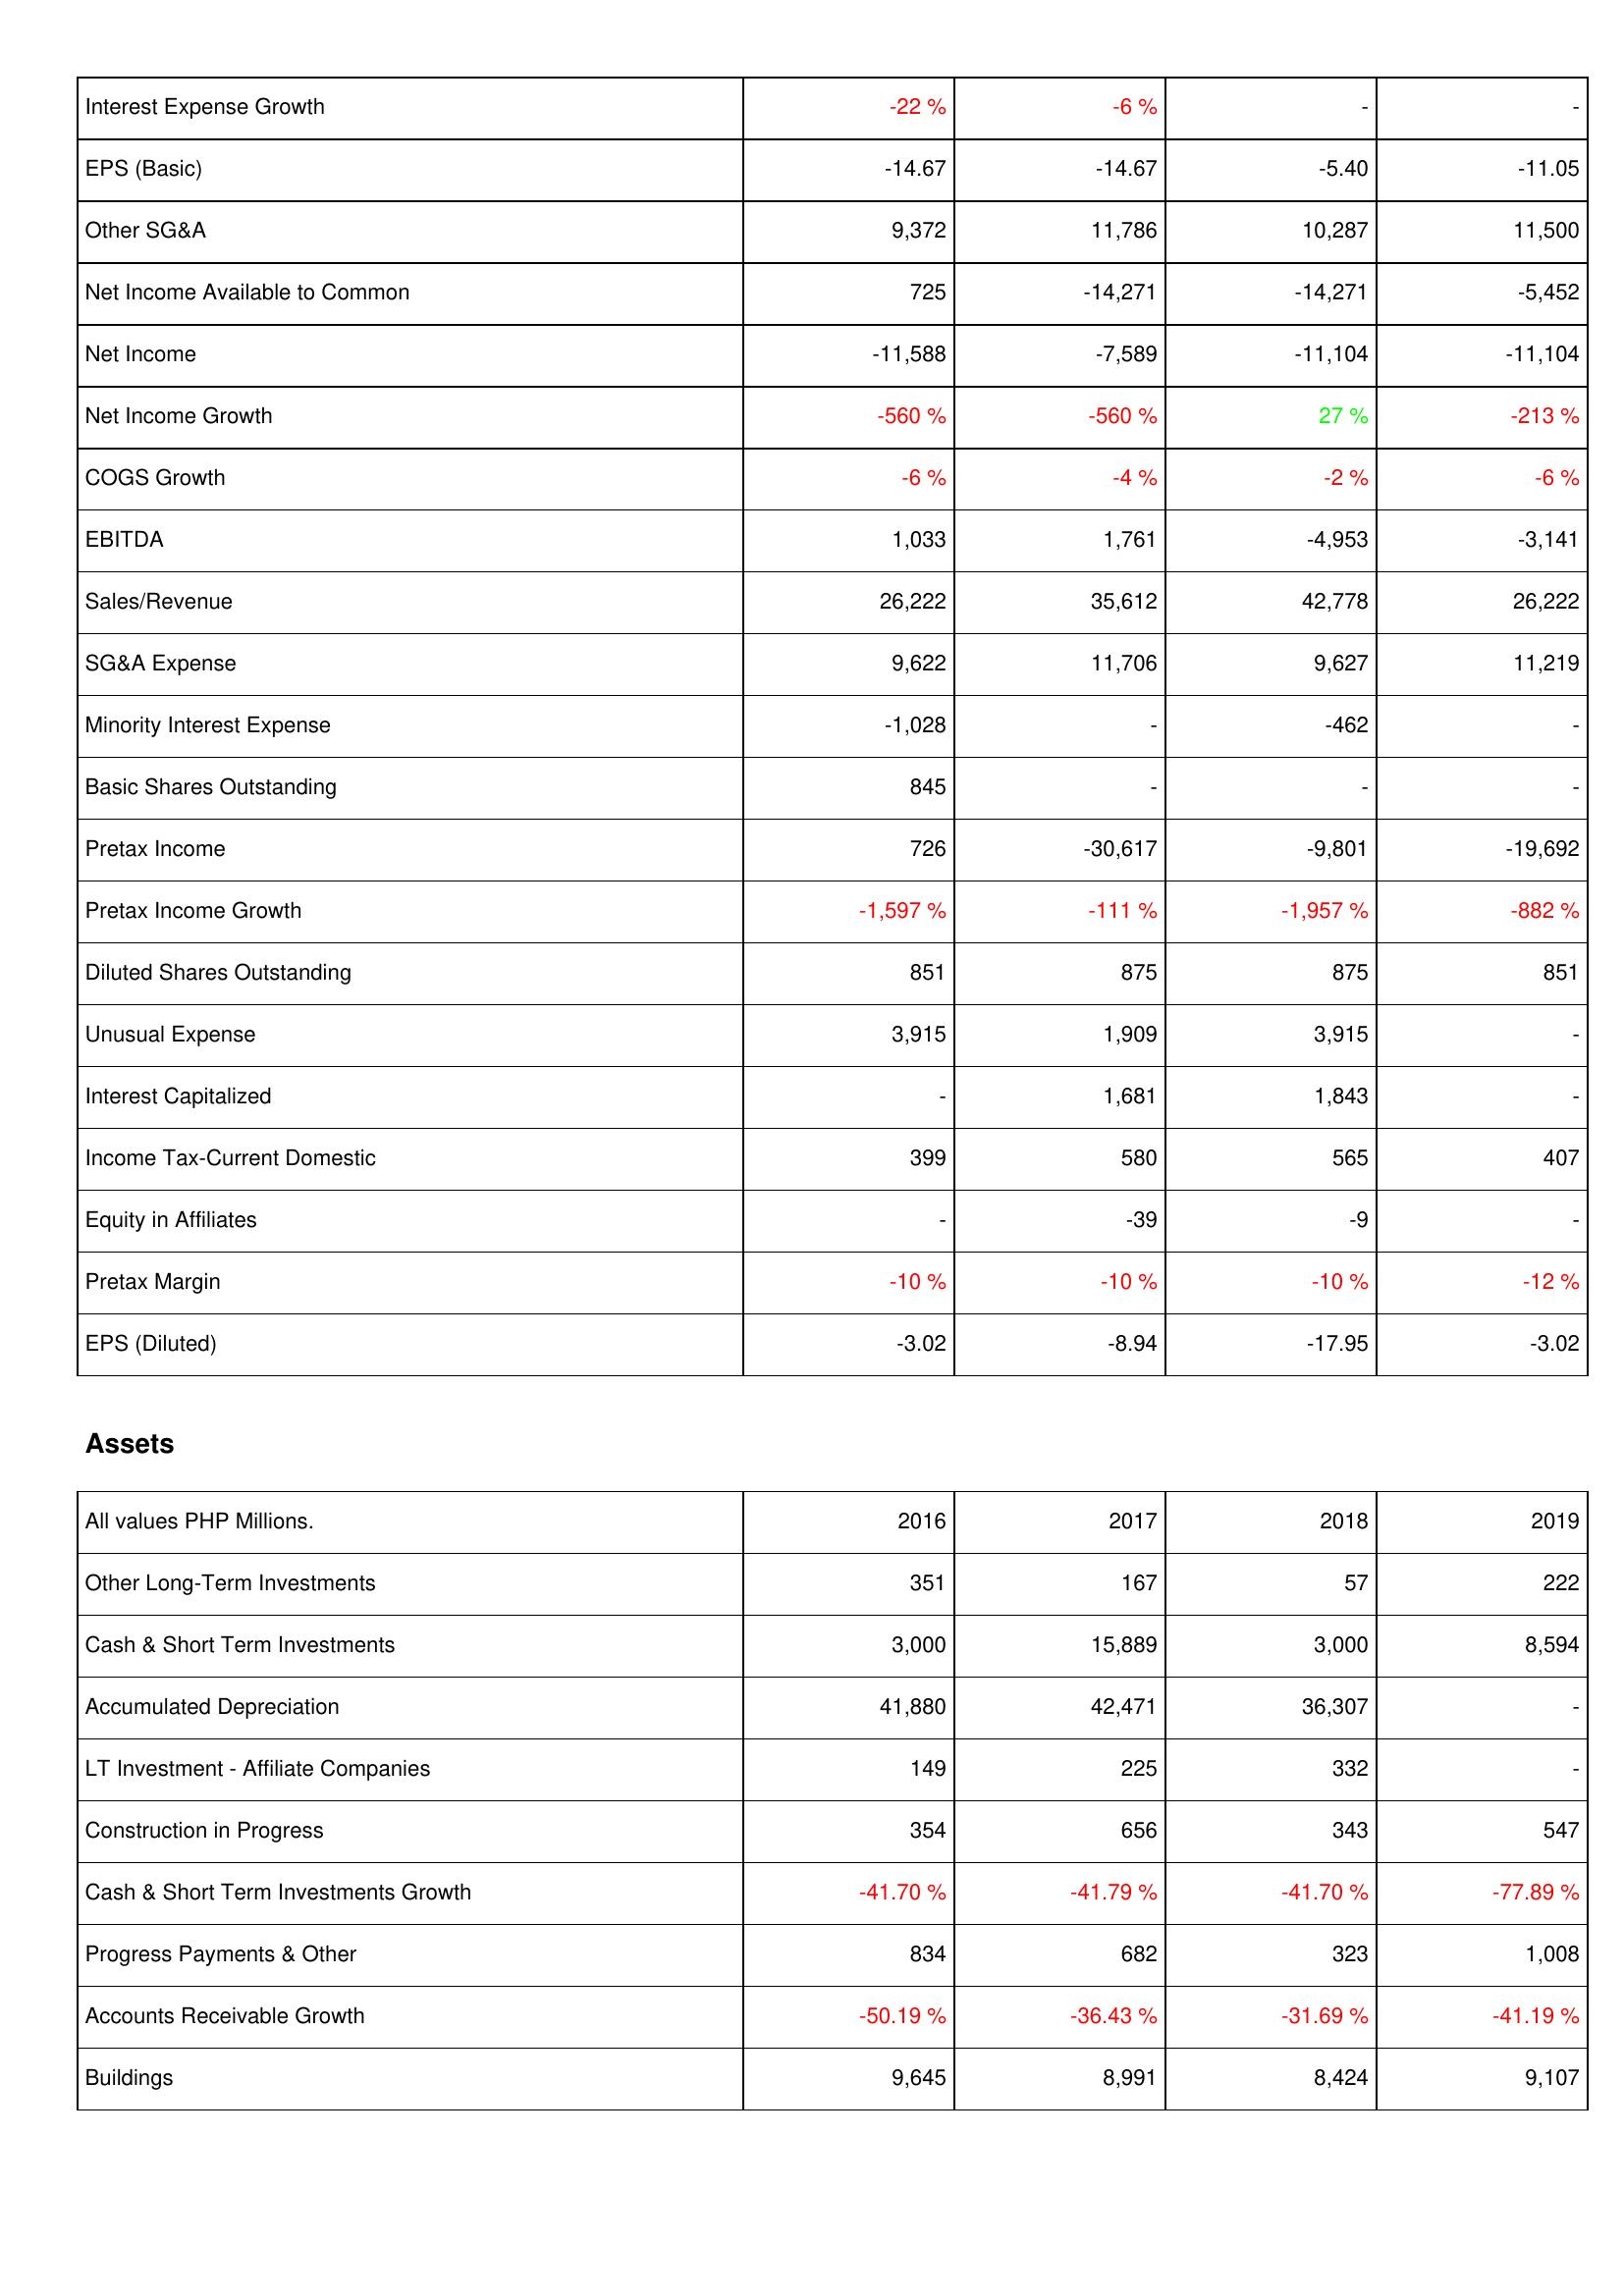
2016: Income Statement: Interest Expense Growth: -22 %
EPS (Basic): -14.67
Other SG&A: 9,372
Net Income Available to Common: 725
Net Income: -11,588
Net Income Growth: -560 %
COGS Growth: -6 %
EBITDA: 1,033
Sales/Revenue: 26,222
SG&A Expense: 9,622
Minority Interest Expense: -1,028
Basic Shares Outstanding: 845
Pretax Income: 726
Pretax Income Growth: -1,597 %
Diluted Shares Outstanding: 851
Unusual Expense: 3,915
Interest Capitalized: -
Income Tax-Current Domestic: 399
Equity in Affiliates: -
Pretax Margin: -10 %
EPS (Diluted): -3.02
Assets: Other Long-Term Investments: 351
Cash & Short Term Investments: 3,000
Accumulated Depreciation: 41,880
LT Investment - Affiliate Companies: 149
Construction in Progress: 354
Cash & Short Term Investments Growth: -41.70 %
Progress Payments & Other: 834
Accounts Receivable Growth: -50.19 %
Buildings: 9,645
2017: Income Statement: Interest Expense Growth: -6 %
EPS (Basic): -14.67
Other SG&A: 11,786
Net Income Available to Common: -14,271
Net Income: -7,589
Net Income Growth: -560 %
COGS Growth: -4 %
EBITDA: 1,761
Sales/Revenue: 35,612
SG&A Expense: 11,706
Minority Interest Expense: -
Basic Shares Outstanding: -
Pretax Income: -30,617
Pretax Income Growth: -111 %
Diluted Shares Outstanding: 875
Unusual Expense: 1,909
Interest Capitalized: 1,681
Income Tax-Current Domestic: 580
Equity in Affiliates: -39
Pretax Margin: -10 %
EPS (Diluted): -8.94
Assets: Other Long-Term Investments: 167
Cash & Short Term Investments: 15,889
Accumulated Depreciation: 42,471
LT Investment - Affiliate Companies: 225
Construction in Progress: 656
Cash & Short Term Investments Growth: -41.79 %
Progress Payments & Other: 682
Accounts Receivable Growth: -36.43 %
Buildings: 8,991
2018: Income Statement: Interest Expense Growth: -
EPS (Basic): -5.40
Other SG&A: 10,287
Net Income Available to Common: -14,271
Net Income: -11,104
Net Income Growth: 27 %
COGS Growth: -2 %
EBITDA: -4,953
Sales/Revenue: 42,778
SG&A Expense: 9,627
Minority Interest Expense: -462
Basic Shares Outstanding: -
Pretax Income: -9,801
Pretax Income Growth: -1,957 %
Diluted Shares Outstanding: 875
Unusual Expense: 3,915
Interest Capitalized: 1,843
Income Tax-Current Domestic: 565
Equity in Affiliates: -9
Pretax Margin: -10 %
EPS (Diluted): -17.95
Assets: Other Long-Term Investments: 57
Cash & Short Term Investments: 3,000
Accumulated Depreciation: 36,307
LT Investment - Affiliate Companies: 332
Construction in Progress: 343
Cash & Short Term Investments Growth: -41.70 %
Progress Payments & Other: 323
Accounts Receivable Growth: -31.69 %
Buildings: 8,424
2019: Income Statement: Interest Expense Growth: -
EPS (Basic): -11.05
Other SG&A: 11,500
Net Income Available to Common: -5,452
Net Income: -11,104
Net Income Growth: -213 %
COGS Growth: -6 %
EBITDA: -3,141
Sales/Revenue: 26,222
SG&A Expense: 11,219
Minority Interest Expense: -
Basic Shares Outstanding: -
Pretax Income: -19,692
Pretax Income Growth: -882 %
Diluted Shares Outstanding: 851
Unusual Expense: -
Interest Capitalized: -
Income Tax-Current Domestic: 407
Equity in Affiliates: -
Pretax Margin: -12 %
EPS (Diluted): -3.02
Assets: Other Long-Term Investments: 222
Cash & Short Term Investments: 8,594
Accumulated Depreciation: -
LT Investment - Affiliate Companies: -
Construction in Progress: 547
Cash & Short Term Investments Growth: -77.89 %
Progress Payments & Other: 1,008
Accounts Receivable Growth: -41.19 %
Buildings: 9,107